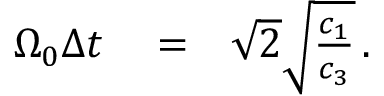
\begin{array} { r l r } { \Omega _ { 0 } \Delta { t } } & { { } = } & { \sqrt { 2 } \sqrt { \frac { c _ { 1 } } { c _ { 3 } } } \, . } \end{array}